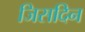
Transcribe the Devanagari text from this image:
जिसदिन